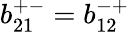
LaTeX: b_{21}^{+-}=b_{12}^{-+}